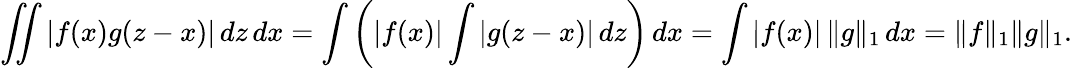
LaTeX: \iint|f(x)g(z-x)|\, dz\, dx=\int\left(|f(x)|\int|g(z-x)|\, dz\right)\, dx=\int|f(x)|\, \| g\| _{1}\, dx=\| f\| _{1}\| g\| _{1}.